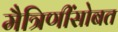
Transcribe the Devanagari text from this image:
मैत्रिणींसोबत